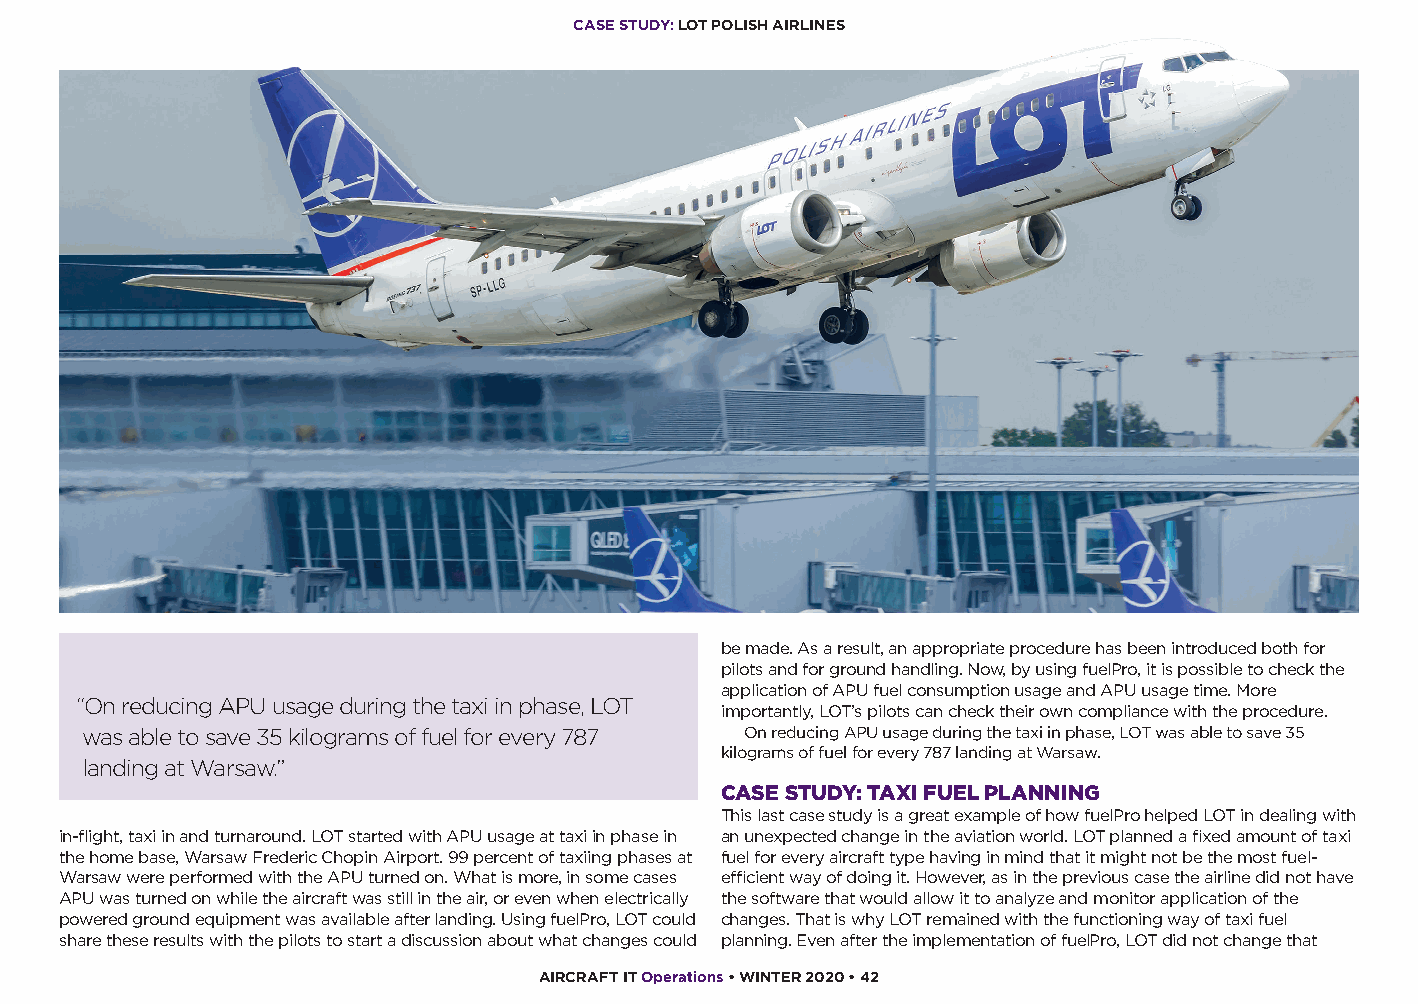
CASE STUDY: LOT POLISH AIRLINES
 be made. As a result, an appropriate procedure has been introduced both for
 pilots and for ground handling. Now, by using fuelPro, it is possible to check the
 application of APU fuel consumption usage and APU usage time. More
 “On reducing APU usage during the taxi in phase, LOT
 importantly, LOT’s pilots can check their own compliance with the procedure.
 was able to save 35 kilograms of fuel for every 787 On reducing APU usage during the taxi in phase, LOT was able to save 35
 kilograms of fuel for every 787 landing at Warsaw.
 landing at Warsaw.”
 CASE STUDY: TAXI FUEL PLANNING
 This last case study is a great example of how fuelPro helped LOT in dealing with
 in-flight, taxi in and turnaround. LOT started with APU usage at taxi in phase in an unexpected change in the aviation world. LOT planned a fixed amount of taxi
 the home base, Warsaw Frederic Chopin Airport. 99 percent of taxiing phases at fuel for every aircraft type having in mind that it might not be the most fuel-
 Warsaw were performed with the APU turned on. What is more, in some cases efficient way of doing it. However, as in the previous case the airline did not have
 APU was turned on while the aircraft was still in the air, or even when electrically the software that would allow it to analyze and monitor application of the
 powered ground equipment was available after landing. Using fuelPro, LOT could changes. That is why LOT remained with the functioning way of taxi fuel
 share these results with the pilots to start a discussion about what changes could planning. Even after the implementation of fuelPro, LOT did not change that
 AIRCRAFT IT Operations • WINTER 2020 • 42